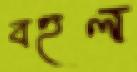
বহুল